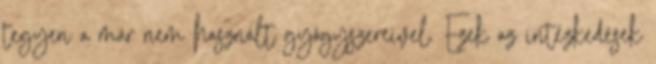
tegyen a már nem használt gyógyszereivel. Ezek az intézkedések